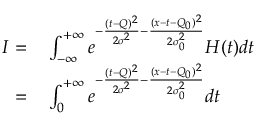
\begin{array} { r l } { I = } & { { } \int _ { - \infty } ^ { + \infty } e ^ { - \frac { ( t - Q ) ^ { 2 } } { 2 \sigma ^ { 2 } } - \frac { ( x - t - Q _ { 0 } ) ^ { 2 } } { 2 \sigma _ { 0 } ^ { 2 } } } H ( t ) d t } \\ { = } & { { } \int _ { 0 } ^ { + \infty } e ^ { - \frac { ( t - Q ) ^ { 2 } } { 2 \sigma ^ { 2 } } - \frac { ( x - t - Q _ { 0 } ) ^ { 2 } } { 2 \sigma _ { 0 } ^ { 2 } } } d t } \end{array}